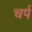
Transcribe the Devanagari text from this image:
चर्प